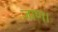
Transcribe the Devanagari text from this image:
जाण।